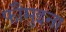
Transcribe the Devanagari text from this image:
फौमुइना